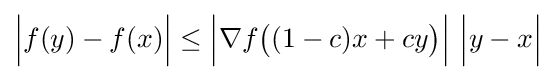
{\Bigl |}f(y)-f(x){\Bigr |}\leq {\Bigl |}\nabla f{\big (}(1-c)x+cy{\big )}{\Bigr |}\ {\Bigl |}y-x{\Bigr |}